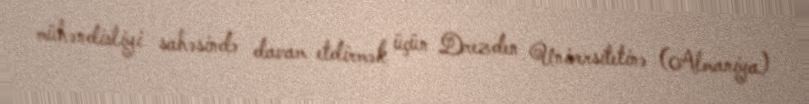
mühəndisliyi sahəsində davam etdirmək üçün Drezden Universitetinə (Almaniya)